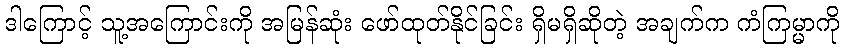
ဒါကြောင့် သူ့အကြောင်းကို အမြန်ဆုံး ဖော်ထုတ်နိုင်ခြင်း ရှိမရှိဆိုတဲ့ အချက်က ကံကြမ္မာကို